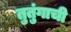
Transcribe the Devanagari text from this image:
तुतुंगाची